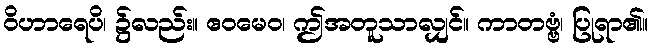
ဝိဟာရေပိ၊ ၌လည်း။ ဧဝမေဝ၊ ဤအတူသာလျှင်။ ကာတဗ္ဗံ၊ ပြုရာ၏။